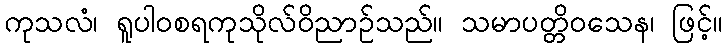
ကုသလံ၊ ရူပါဝစရကုသိုလ်ဝိညာဉ်သည်။ သမာပတ္တိဝသေန၊ ဖြင့်။